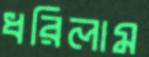
ধরিলাম